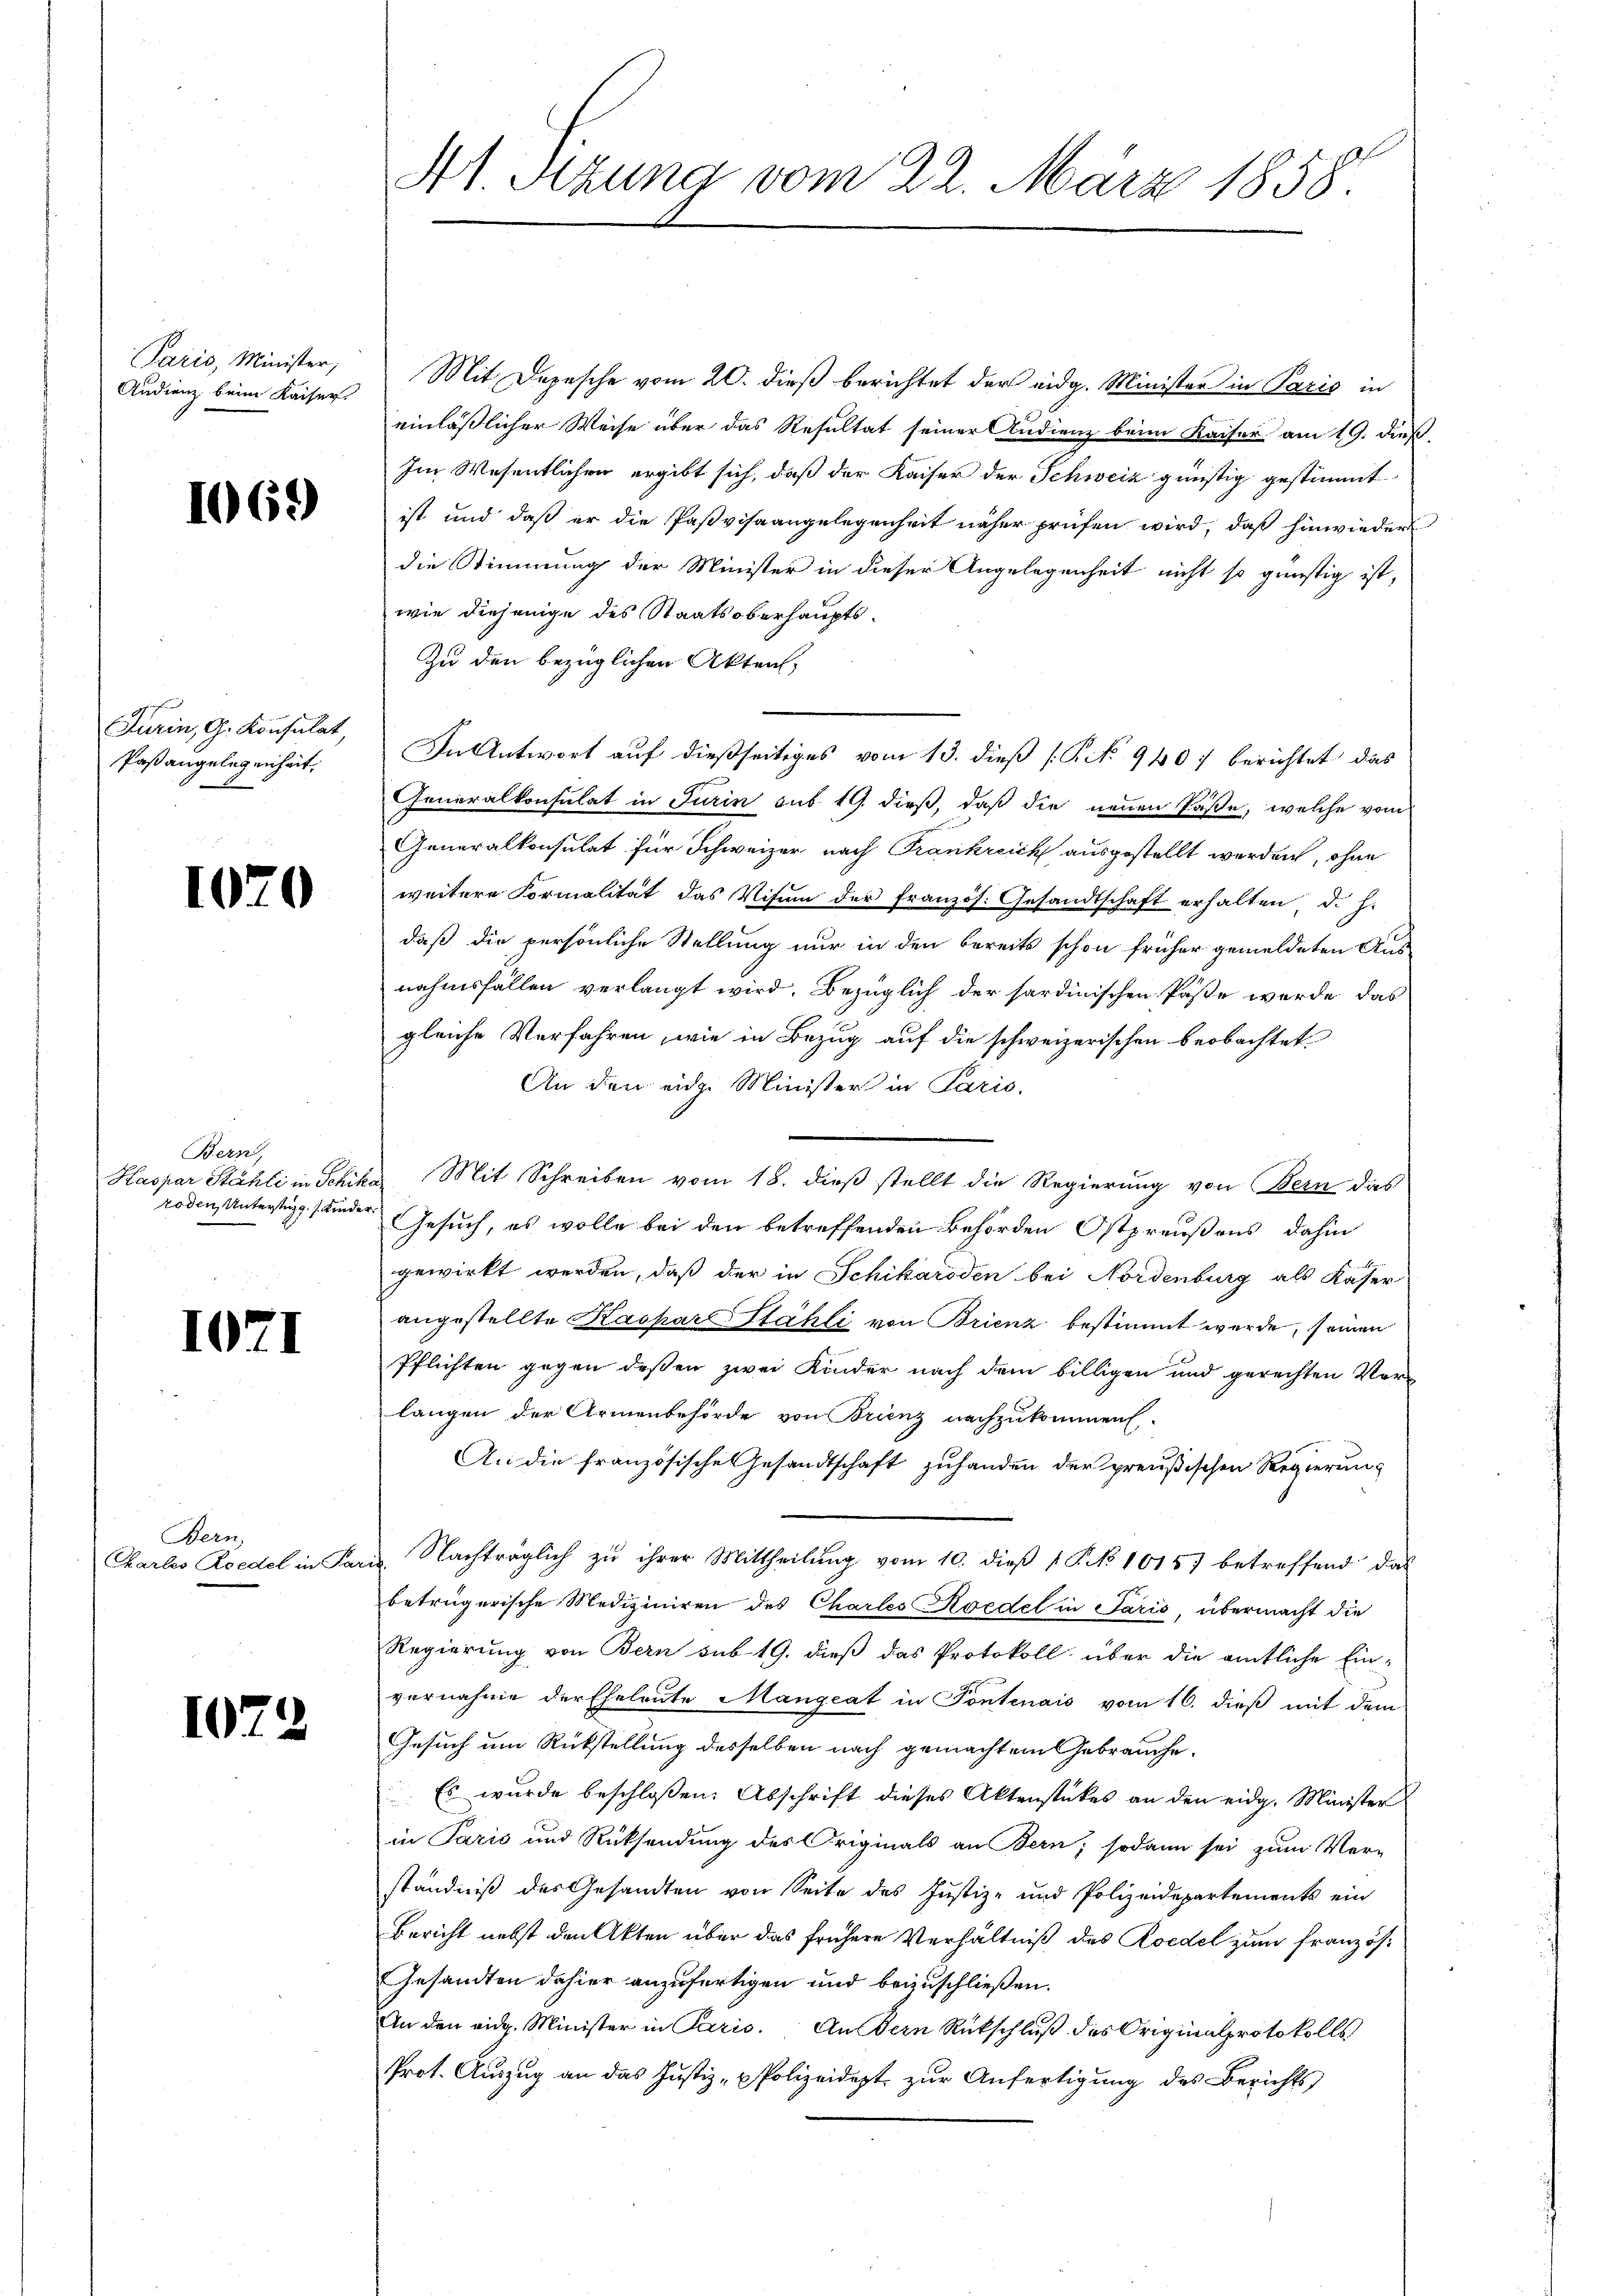
Paris, Minister,
Audienz beim Kaiser.

1069)

Furin, G. Konsulat,
Paßangelegenheit,

1070

Bern,
Haspar Stähli in Schil
roden Untertigg Kinde

1071

Bern
Chartes Roedel in Pa

1072

A1 Sitzung vom 22. März 1858.

Mit Depesche vom 20. dieß berichtet der eidg. Minister in Paris in
einläßlicher Weise über das Resultat seiner Audienz beim Kaiser am 19. dieß.
Im Wesentlichen ergibt sich, daß der Kaiser der Schweiz günstig gestimmt
ist und daß er die Paßvisaangelegenheit näher prüfen wird, daß hinwieder
die Stimmung der Minister in dieser Angelegenheit nicht so günstig ist,
wie diejenige des Staatsoberhaupts¬
Zu den bezüglichen Akten,
In Antwort auf dießseitiges vom 13. dieß (C. No 940 berichtet das
Generalkonsulat in Turin sub 19. dieß, daß die neuen Paße, welche vom
Generalkonsulat für Schweizer nach Frankreich ausgestellt werden, ohne
weitere Formalität das Visum der französ. Gesandtschaft erhalten d. h.
daß die persönliche Stellung nur in den bereits schon früher gemeldeten Aus-
nahmsfällen verlangt wird. Bezüglich der sardinischen Poste werde das
gleiche Verfahren, wie in Bezug auf die schweizerischen beobachtet
An den eidg. Minister in Paris.
Mit Schreiben vom 18. dieß stellt die Regierung von Bern das
Ka
Gesuch, es wolle bei den betreffenden Behörden Ostpreußens, dahin
gewirkt werden, daß der in Schikaroden bei Nordenburg als Kaser
angestellte Kaspar Stähli von Brienz bestimmt werde, soien
Pflichten gegen deßen zwei Kinder nach dem billigen und gerechten Verlangen der Armenbehörde von Brienz nachzukommen.
An die französische Gesandtschaft zuhanden der preußischen Regierung
Nachträglich zu ihrer Mittheilung vom 10. dieß P. No 1015) betreffend das
t
betrügerische Mediziniren des Charles Koedel in Paris, übermacht die
Regierung von Bern sub 19. dieß das Protokoll über die amtliche Ein-
vernahme der Eheleute Mangeat in Pontenais vom 16. dieß mit dem
Gesuch um Rückstellung desselben nach gemachtem Gebrauche.
Es wurde beschloßen: Abschrift dieses Aktenstückes an den eidg. Minister
in Paris und Rücksendung des Originals an Bern; sodann sei zum Ver-
ständniß des Gesandten von Seite des Justiz- und Polizeidepartements ein
Bericht nebst den Akten über das frühere Verhältniß des Roedel zum Französ¬
Gesandten dahier anzufertigen und beizuschließen.
An den eidg. Minister in Paris. Andern Rückschluß des Originalprotokolls
Prot. Auszug an das Justiz- u Polizeidept zur Anfertigung des Berichts